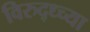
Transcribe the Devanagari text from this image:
विरुद्ध्च्या